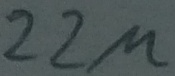
Text: 22µ